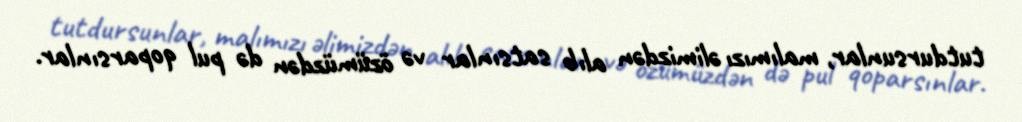
tutdursunlar, malımızı əlimizdən alıb satsınlar və özümüzdən də pul qoparsınlar.